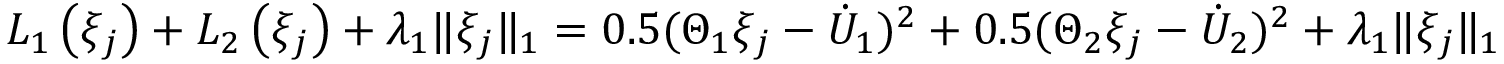
L _ { 1 } \left( \xi _ { j } \right) + L _ { 2 } \left( \xi _ { j } \right) + \lambda _ { 1 } \| \xi _ { j } \| _ { 1 } = 0 . 5 ( \Theta _ { 1 } \xi _ { j } - { \dot { U } } _ { 1 } ) ^ { 2 } + 0 . 5 ( \Theta _ { 2 } \xi _ { j } - { \dot { U } } _ { 2 } ) ^ { 2 } + \lambda _ { 1 } \| \xi _ { j } \| _ { 1 }